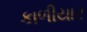
કાળીયાર